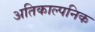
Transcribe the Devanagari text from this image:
अतिकाल्पनिक